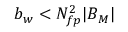
b _ { w } < N _ { f p } ^ { 2 } | B _ { M } |